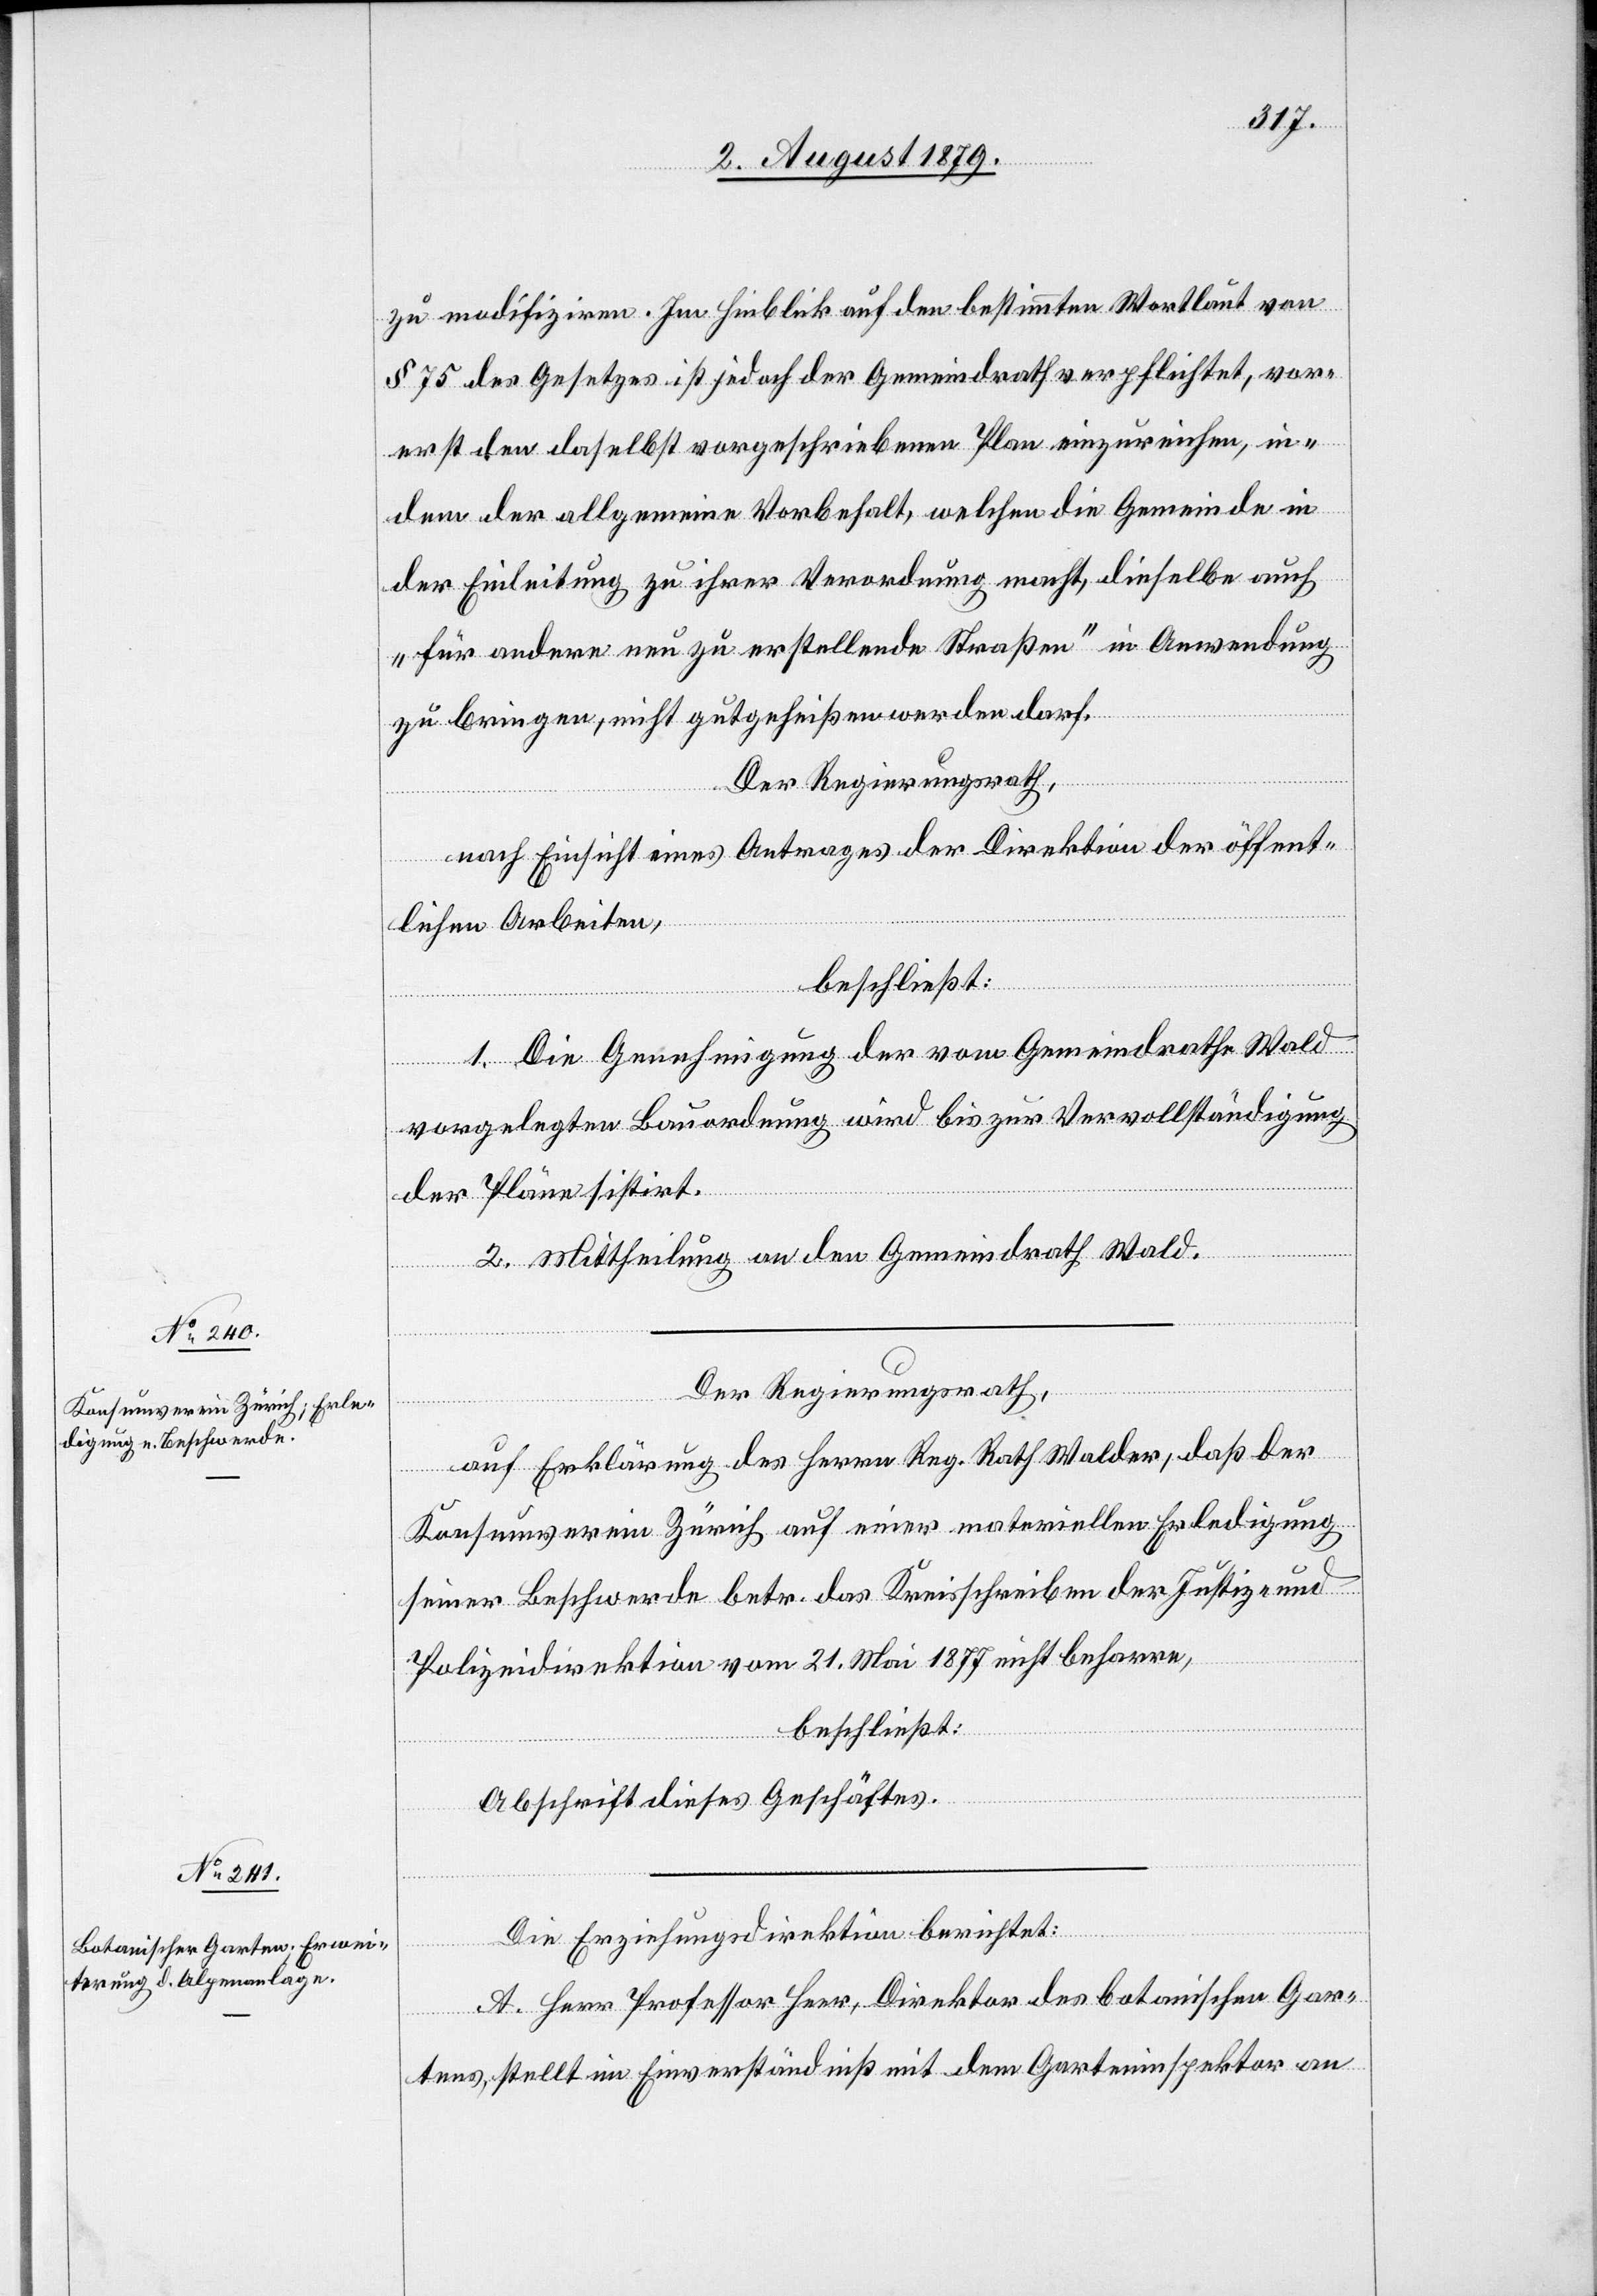
zu modifiziren. Im Hinblick auf den bestimmten Wortlaut von
§ 75 des Gesetzes ist jedoch der Gemeindrath verpflichtet, vor¬
erst den daselbst vorgeschriebenen Plan einzureichen, in¬
dem der allgemeine Vorbehalt, welchen die Gemeinde in
der Einleitung zu ihrer Verordnung macht, dieselbe auch
„für andere neu zu erstellende Straßen“ in Anwendung
zu bringen, nicht gutgeheißen werden darf.
Der Regierungsrath,
nach Einsicht eines Antrages der Direktion der öffent¬
lichen Arbeiten,
beschließt:
1. Die Genehmigung der vom Gemeindrathe Wald
vorgelegten Bauordnung wird bis zur Vervollständigung
der Pläne sistirt.
2. Mittheilung an den Gemeindrath Wald.
Der Regierungsrath,
auf Erklärung des Herren Reg. Rath Walder, daß der
Konsumverein Zürich auf einer materiellen Erledigung
seiner Beschwerde betr. das Kreisschreiben der Justiz- und
Polizeidirektion vom 21. Mai 1877 nicht beharren,
beschließt:
Abschrift dieses Geschäftes.
Die Erziehungsdirektion berichtet:
A. Herr Professor Heer, Direktor des botanischen Gar¬
tens, stellt im Einverständniß mit dem Garteninspektor an